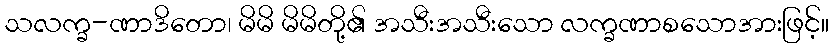
သလက္ခ-ဏာဒိတော၊ မိမိ မိမိတို့၏ အသီးအသီးသော လက္ခဏာစသောအားဖြင့်။